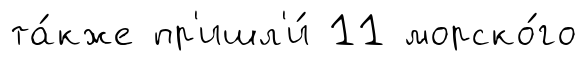
та́кже пр'ишл'и́ 11 морско́го